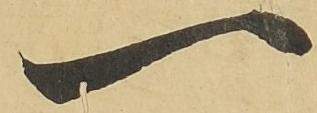
一